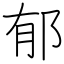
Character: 郁